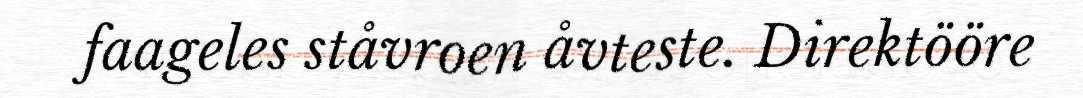
faageles ståvroen åvteste. Direktööre